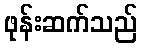
ဖုန်းဆက်သည်